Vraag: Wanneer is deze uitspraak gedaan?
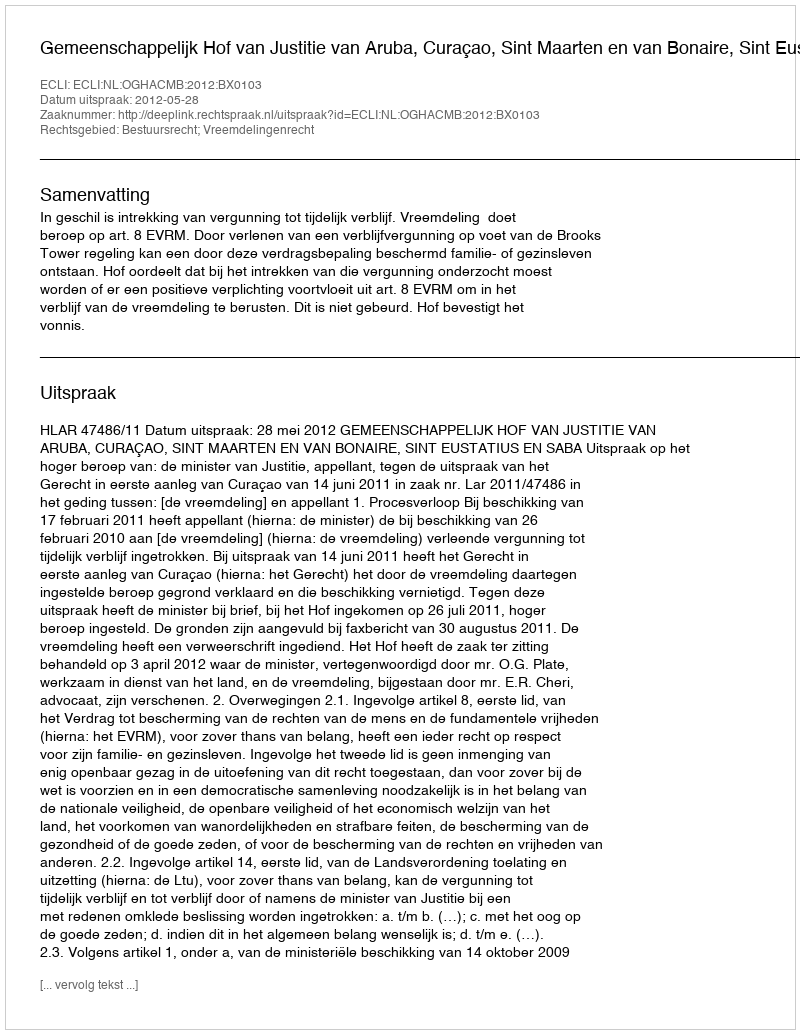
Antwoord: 2012-05-28